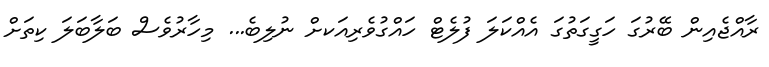
ރާއްޖެއިން ބޭރުގަ ހަގީގަތުގަ އެއްކަލަ ފުލެޓް ހައްގުވެރިއަކށް ނުލިބެ... މިހާރުވެސް ބަލާބަލަ ކިތަށް